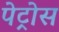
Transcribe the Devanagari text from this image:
पेट्रोस